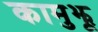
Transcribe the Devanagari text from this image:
कामुझू